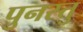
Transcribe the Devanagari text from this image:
पुनस्तु